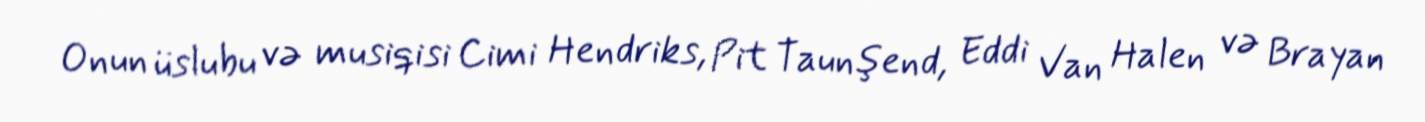
Onun üslubu və musiqisi Cimi Hendriks, Pit Taunşend, Eddi Van Halen və Brayan